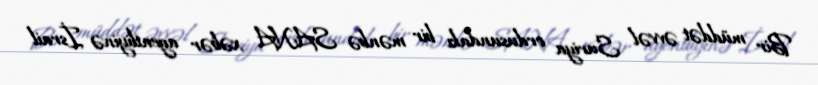
Bir müddət əvvəl Suriya ordusundakı bir mənbə SANA xəbər agentliyinə İsrail